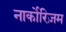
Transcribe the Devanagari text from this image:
नार्कोरिज़म